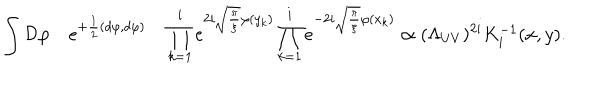
\int { \cal D } \varphi \quad e ^ { + { \frac { 1 } { 2 } } ( d \varphi , d \varphi ) } \quad \prod _ { k = 1 } ^ { i } e ^ { 2 i \sqrt { \frac { \pi } { \xi } } \varphi ( y _ { k } ) } \prod _ { k = 1 } ^ { i } e ^ { - 2 i \sqrt { \frac { \pi } { \xi } } \varphi ( x _ { k } ) } \propto ( \Lambda _ { U V } ) ^ { 2 i } K _ { i } ^ { - 1 } ( x , y ) .